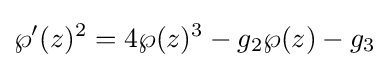
\wp '(z)^{2}=4\wp (z)^{3}-g_{2}\wp (z)-g_{3}